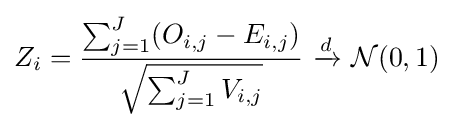
Z_{i}={\frac {\sum _{j=1}^{J}(O_{i,j}-E_{i,j})}{\sqrt {\sum _{j=1}^{J}V_{i,j}}}}\ {\xrightarrow {d}}\ {\mathcal {N}}(0,1)